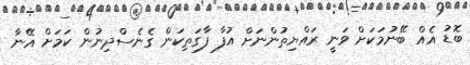
ބޮޑު އެއް ބޭނުމަކަށް ވަނީ ރައްޔިތުންނަށް އުފާ ފާގަތިކަން ގެނެސްދިނުން ކަމަށް އޭނާ